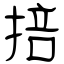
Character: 掊